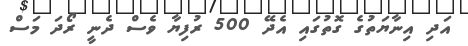
އަދި އިނާޔަތުގެ ގޮތުގައި އެދޭ 500 ރުފިޔާ ވެސް ދެނީ ރޯދަ މަސް